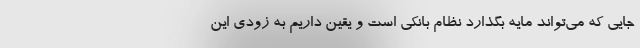
جایی که می‌تواند مایه بگذارد نظام بانکی است و یقین داریم به زودی این